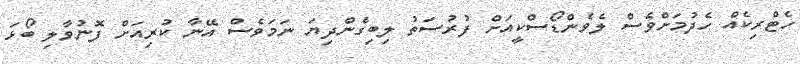
ހެޓްރިކެއް ހެދުމަށްވެސް ލެވެންޑޯސްކީއަށް ފުރުސަތު ލިބިގެންދިޔަ ނަމަވެސް އޭނާ ކުރިއަށް ފޮނުވާލި ބޯޅަ